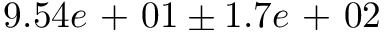
9 . 5 4 e \mathrm { ~ + ~ } 0 1 \pm 1 . 7 e \mathrm { ~ + ~ } 0 2